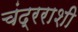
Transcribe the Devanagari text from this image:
चंद्रराशी